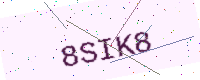
Text: 8SIK8